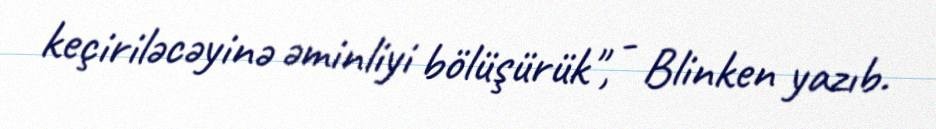
keçiriləcəyinə əminliyi bölüşürük", - Blinken yazıb.